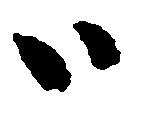
ハ